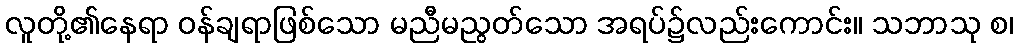
လူတို့၏နေရာ ဝန်ချရာဖြစ်သော မညီမညွတ်သော အရပ်၌လည်းကောင်း။ သဘာသု စ၊